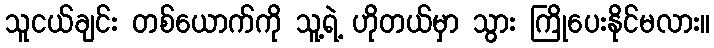
သူငယ်ချင်း တစ်ယောက်ကို သူ့ရဲ့ ဟိုတယ်မှာ သွား ကြိုပေးနိုင်မလား။